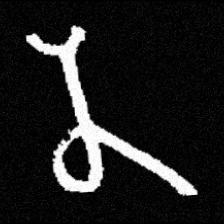
Pyu character \u2014 Myanmar letter: န (romanized: na)